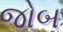
જોબ